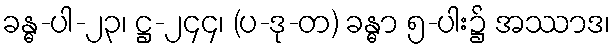
ခန္ဓ-ပါ-၂၃၊ ဋ္ဌ-၂၄၄၊ (ပ-ဒု-တ) ခန္ဓာ ၅-ပါး၌ အဿာဒ၊